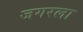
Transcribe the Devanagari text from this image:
जगरला